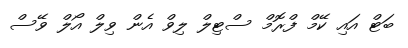
ބަޓް އައި ކޭމް ފްރޮމް ސްޓިލް ލިވް އެން ވިލް އޯލް ވޭސް